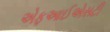
એફઆઈએસટી